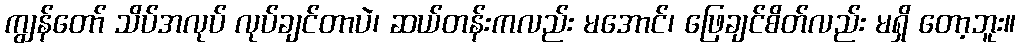
ကျွန်တော် သိပ်အလုပ် လုပ်ချင်တာပဲ၊ ဆယ်တန်းကလည်း မအောင်၊ ဖြေချင်စိတ်လည်း မရှိ တော့ဘူး။